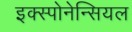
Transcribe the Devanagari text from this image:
इक्स्पोनेन्सियल